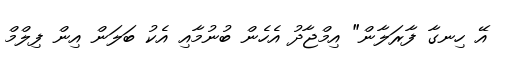
އޭ ހިނގާ ފާރަލާން" އިމްޖާދު އެހެން ބުނުމާއި އެކު ބަލަން އިން ފިލްމް